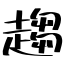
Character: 趨